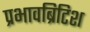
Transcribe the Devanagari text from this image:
प्रभावब्रिटिश